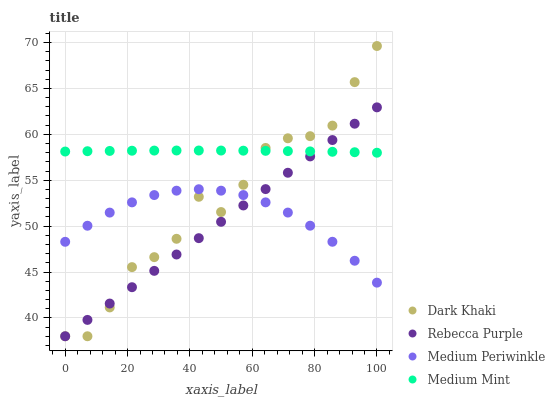
| xaxis_label | Dark Khaki | Rebecca Purple | Medium Periwinkle | Medium Mint |
 | --- | --- | --- | --- | --- |
 | 0 | 38 | 38 | 48.3 | 58.1 |
 | 7.14 | 38 | 39.8 | 50 | 58.2 |
 | 14.3 | 41.1 | 41.6 | 51.5 | 58.2 |
 | 21.4 | 45.5 | 43.3 | 52.6 | 58.2 |
 | 28.6 | 46.6 | 45.1 | 53.4 | 58.2 |
 | 35.7 | 48.6 | 46.9 | 53.9 | 58.2 |
 | 42.9 | 53.2 | 48.7 | 54 | 58.2 |
 | 50 | 51.5 | 50.5 | 53.9 | 58.2 |
 | 57.1 | 54.5 | 52.3 | 53.4 | 58.2 |
 | 64.3 | 58.5 | 54 | 52.6 | 58.2 |
 | 71.4 | 59.6 | 55.8 | 51.5 | 58.2 |
 | 78.6 | 59.8 | 57.6 | 50 | 58.1 |
 | 85.7 | 61 | 59.4 | 48.3 | 58.1 |
 | 92.9 | 65.7 | 61.2 | 46.2 | 58.1 |
 | 100 | 69.6 | 62.9 | 43.8 | 58 |